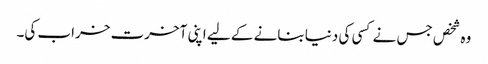
وہ شخص جس نے کسی کی دنیا بنانے کے لیے اپنی آخرت خراب کی۔